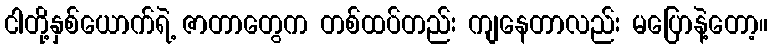
ငါတို့နှစ်ယောက်ရဲ့ ဇာတာတွေက တစ်ထပ်တည်း ကျနေတာလည်း မပြောနဲ့တော့။